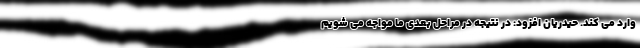
وارد می کند. حیدریان افزود: در نتیجه در مراحل بعدی ما مواجه می شویم